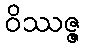
ဝိဿဇ္ဇ